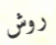
روش